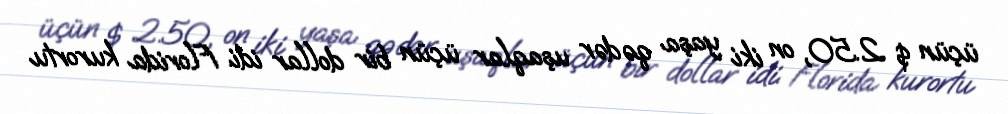
üçün $ 2.50, on iki yaşa qədər uşaqlar üçün bir dollar idi. Florida kurortu